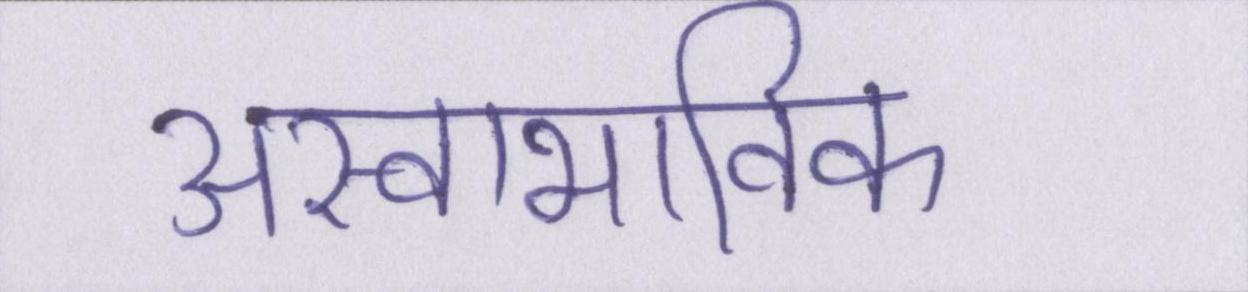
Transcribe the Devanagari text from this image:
अस्वाभाविक